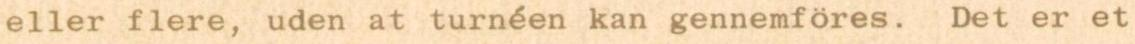
eller flere, uden at turnéen kan gennemföres. Det er et